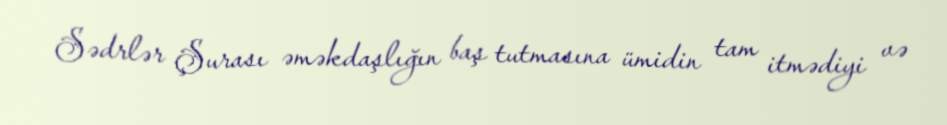
Sədrlər Şurası əməkdaşlığın baş tutmasına ümidin tam itmədiyi və